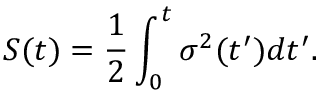
S ( t ) = \frac { 1 } { 2 } \int _ { 0 } ^ { t } \sigma ^ { 2 } ( t ^ { \prime } ) d t ^ { \prime } .